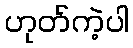
ဟုတ်ကဲ့ပါ